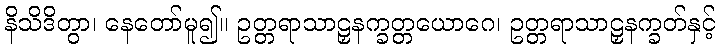
နိသိဒိတွာ၊ နေတော်မူ၍။ ဥတ္တရာသာဠှနက္ခတ္တယောဂေ၊ ဥတ္တရာသာဠှနက္ခတ်နှင့်